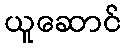
ယူဆောင်